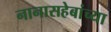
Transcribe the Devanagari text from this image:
नानासहेबांच्या